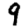
Digit: 9